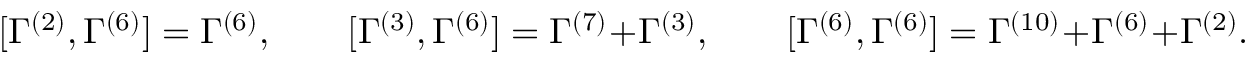
[ \Gamma ^ { ( 2 ) } , \Gamma ^ { ( 6 ) } ] = \Gamma ^ { ( 6 ) } , \qquad [ \Gamma ^ { ( 3 ) } , \Gamma ^ { ( 6 ) } ] = \Gamma ^ { ( 7 ) } + \Gamma ^ { ( 3 ) } , \qquad [ \Gamma ^ { ( 6 ) } , \Gamma ^ { ( 6 ) } ] = \Gamma ^ { ( 1 0 ) } + \Gamma ^ { ( 6 ) } + \Gamma ^ { ( 2 ) } .